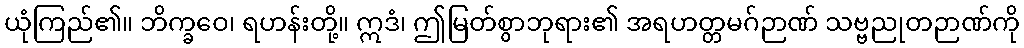
ယုံကြည်၏။ ဘိက္ခဝေ၊ ရဟန်းတို့။ ဣဒံ၊ ဤမြတ်စွာဘုရား၏ အရဟတ္တမဂ်ဉာဏ် သဗ္ဗညုတဉာဏ်ကို